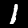
Label: 1